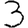
Digit: 3